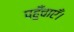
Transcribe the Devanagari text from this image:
पहुँचाएँ।